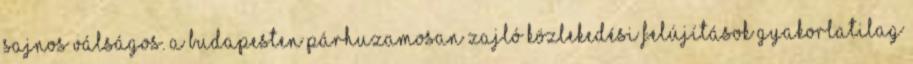
sajnos válságos. A Budapesten párhuzamosan zajló közlekedési felújítások gyakorlatilag